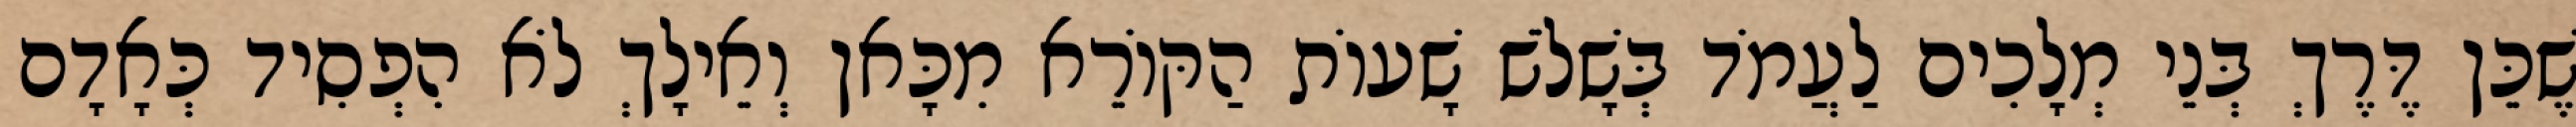
שֶׁכֵּן דֶּרֶךְ בְּנֵי מְלָכִים לַעֲמֹד בְּשָׁלֹשׁ שָׁעוֹת הַקּוֹרֵא מִכָּאן וְאֵילָךְ לֹא הִפְסִיד כְּאָדָם